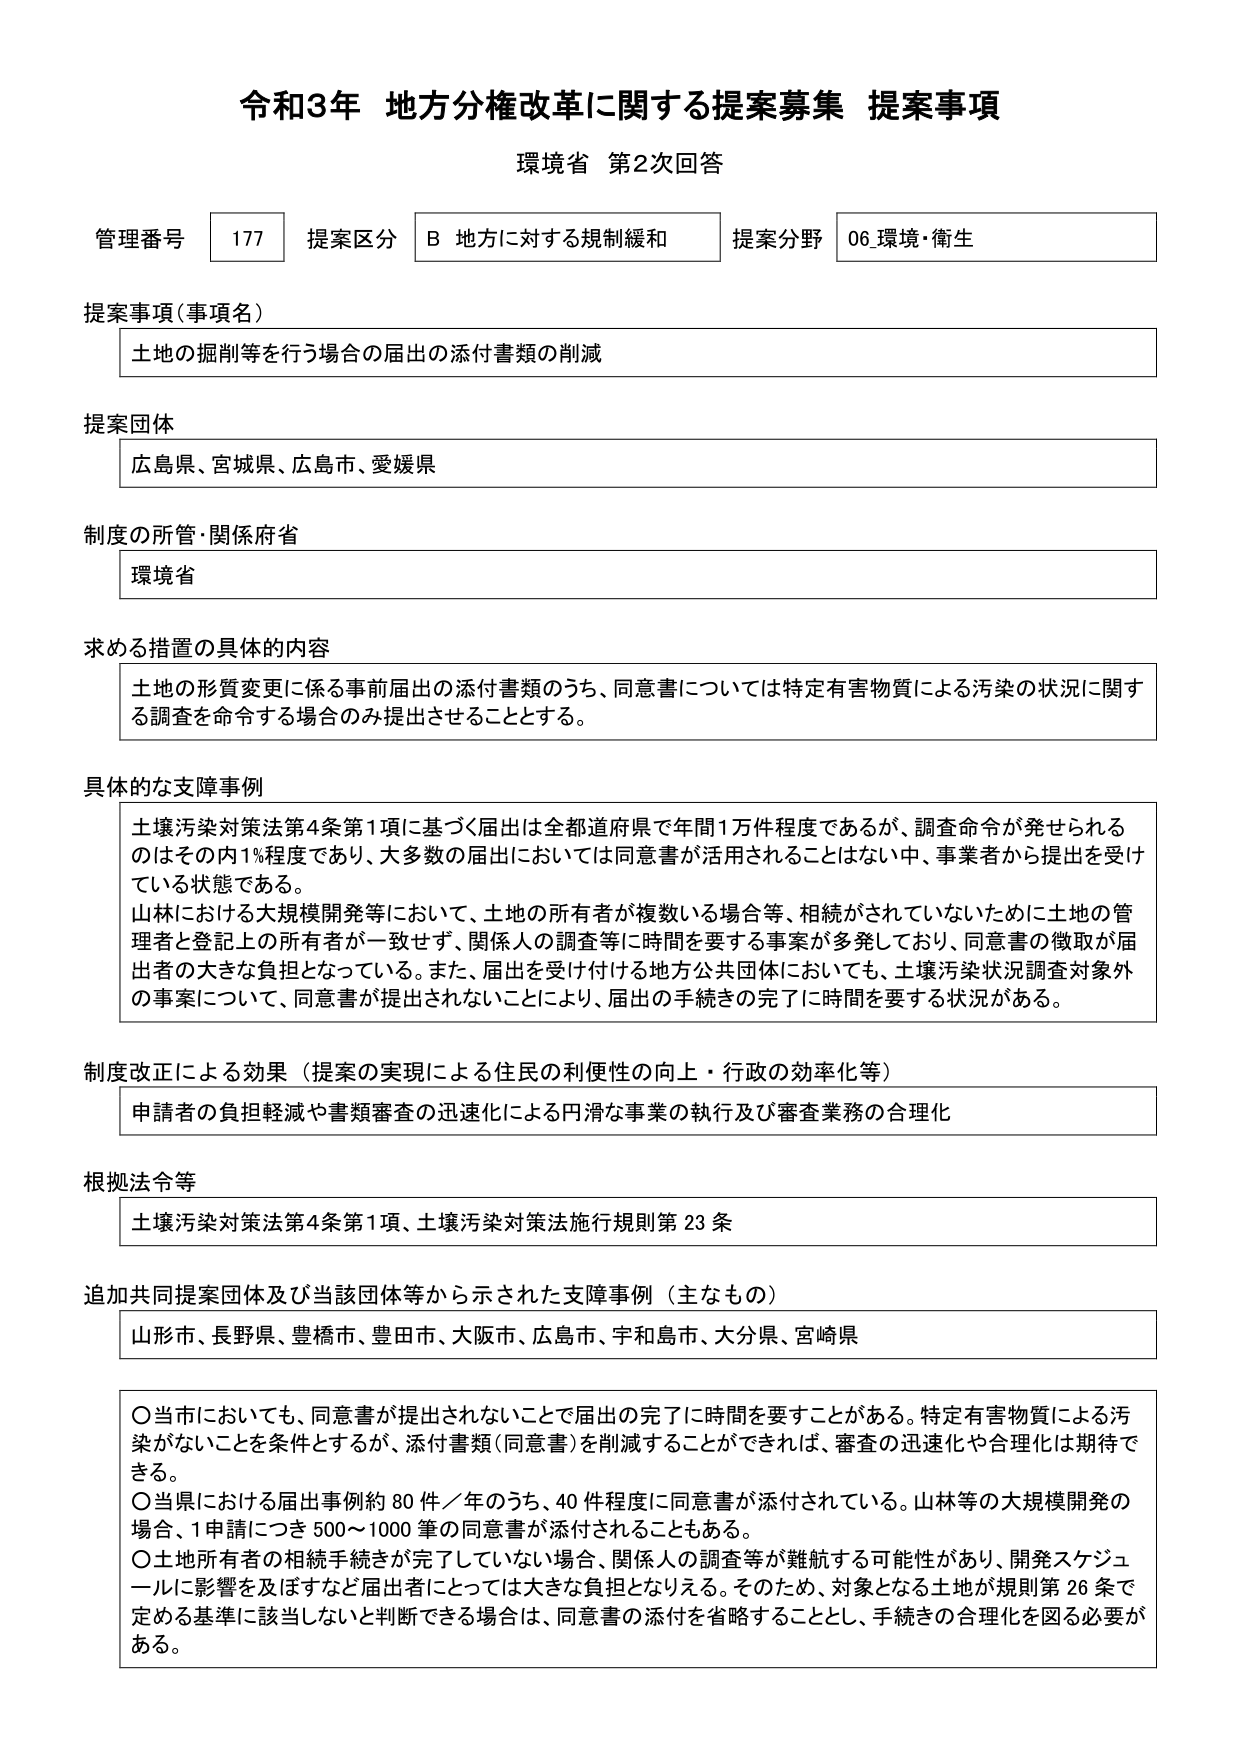
令和3年 地方分権改革に関する提案募集 提案事項
環境省 第2次回答

管理番号 177 提案区分 B 地方に対する規制緩和 提案分野 06_環境・衛生

提案事項（事項名）
土地の掘削等を行う場合の届出の添付書類の削減

提案団体
広島県、宮城県、広島市、愛媛県

制度の所管・関係府省
環境省

求める措置の具体的内容
土地の形質変更に係る事前届出の添付書類のうち、同意書については特定有害物質による汚染の状況に関する調査を命令する場合のみ提出させることとする。

具体的な支障事例
土壌汚染対策法第4条第1項に基づく届出は全都道府県で年間1万件程度であるが、調査命令が発せられるのはその内1%程度であり、大多数の届出においては同意書が活用されることはない中、事業者から提出を受けている状態である。
山林における大規模開発等において、土地の所有者が複数いる場合等、相続がされていないために土地の管理者と登記上の所有者が一致せず、関係人の調査等に時間を要する事案が多発しており、同意書の徴取が届出者の大きな負担となっている。また、届出を受け付ける地方公共団体においても、土壌汚染状況調査対象外の事案について、同意書が提出されないことにより、届出の手続きの完了に時間を要する状況がある。

制度改正による効果（提案の実現による住民の利便性の向上・行政の効率化等）
申請者の負担軽減や書類審査の迅速化による円滑な事業の執行及び審査業務の合理化

根拠法令等
土壌汚染対策法第4条第1項、土壌汚染対策法施行規則第23条

追加共同提案団体及び当該団体等から示された支障事例（主なもの）
山形市、長野県、豊橋市、豊田市、大阪市、広島市、宇和島市、大分県、宮崎県

○ 当市においても、同意書が提出されないことで届出の完了に時間を要することがある。特定有害物質による汚染がないことを条件とするが、添付書類（同意書）を削減することができれば、審査の迅速化や合理化は期待できる。
○ 当県における届出事例約80件／年のうち、40件程度に同意書が添付されている。山林等の大規模開発の場合、1申請につき500～1000筆の同意書が添付されることもある。
○ 土地所有者の相続手続きが完了していない場合、関係人の調査等が難航する可能性があり、開発スケジュールに影響を及ぼすなど届出者にとっては大きな負担となりえる。そのため、対象となる土地が規則第26条で定める基準に該当しないと判断できる場合は、同意書の添付を省略することとし、手続きの合理化を図る必要がある。